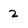
Character: 2